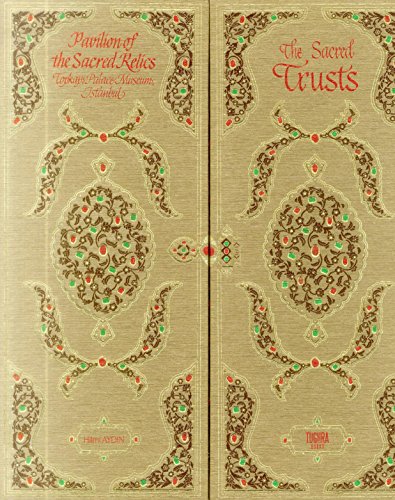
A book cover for The Sacred Trusts: Pavilion of the Sacred Relics, Topkapi Palace Museum, Istanbul; Hilmi Aydin; History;